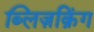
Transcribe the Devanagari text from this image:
ब्लिज़क्रिंग